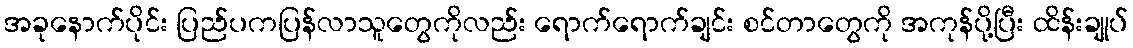
အခုနောက်ပိုင်း ပြည်ပကပြန်လာသူတွေကိုလည်း ရောက်ရောက်ချင်း စင်တာတွေကို အကုန်ပို့ပြီး ထိန်းချုပ်